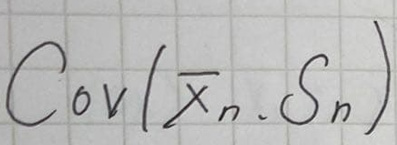
\(\mathrm{Cov}(\overline{X}_n,S_n)\)